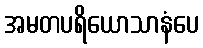
အမတပရိယောသာနံပေ